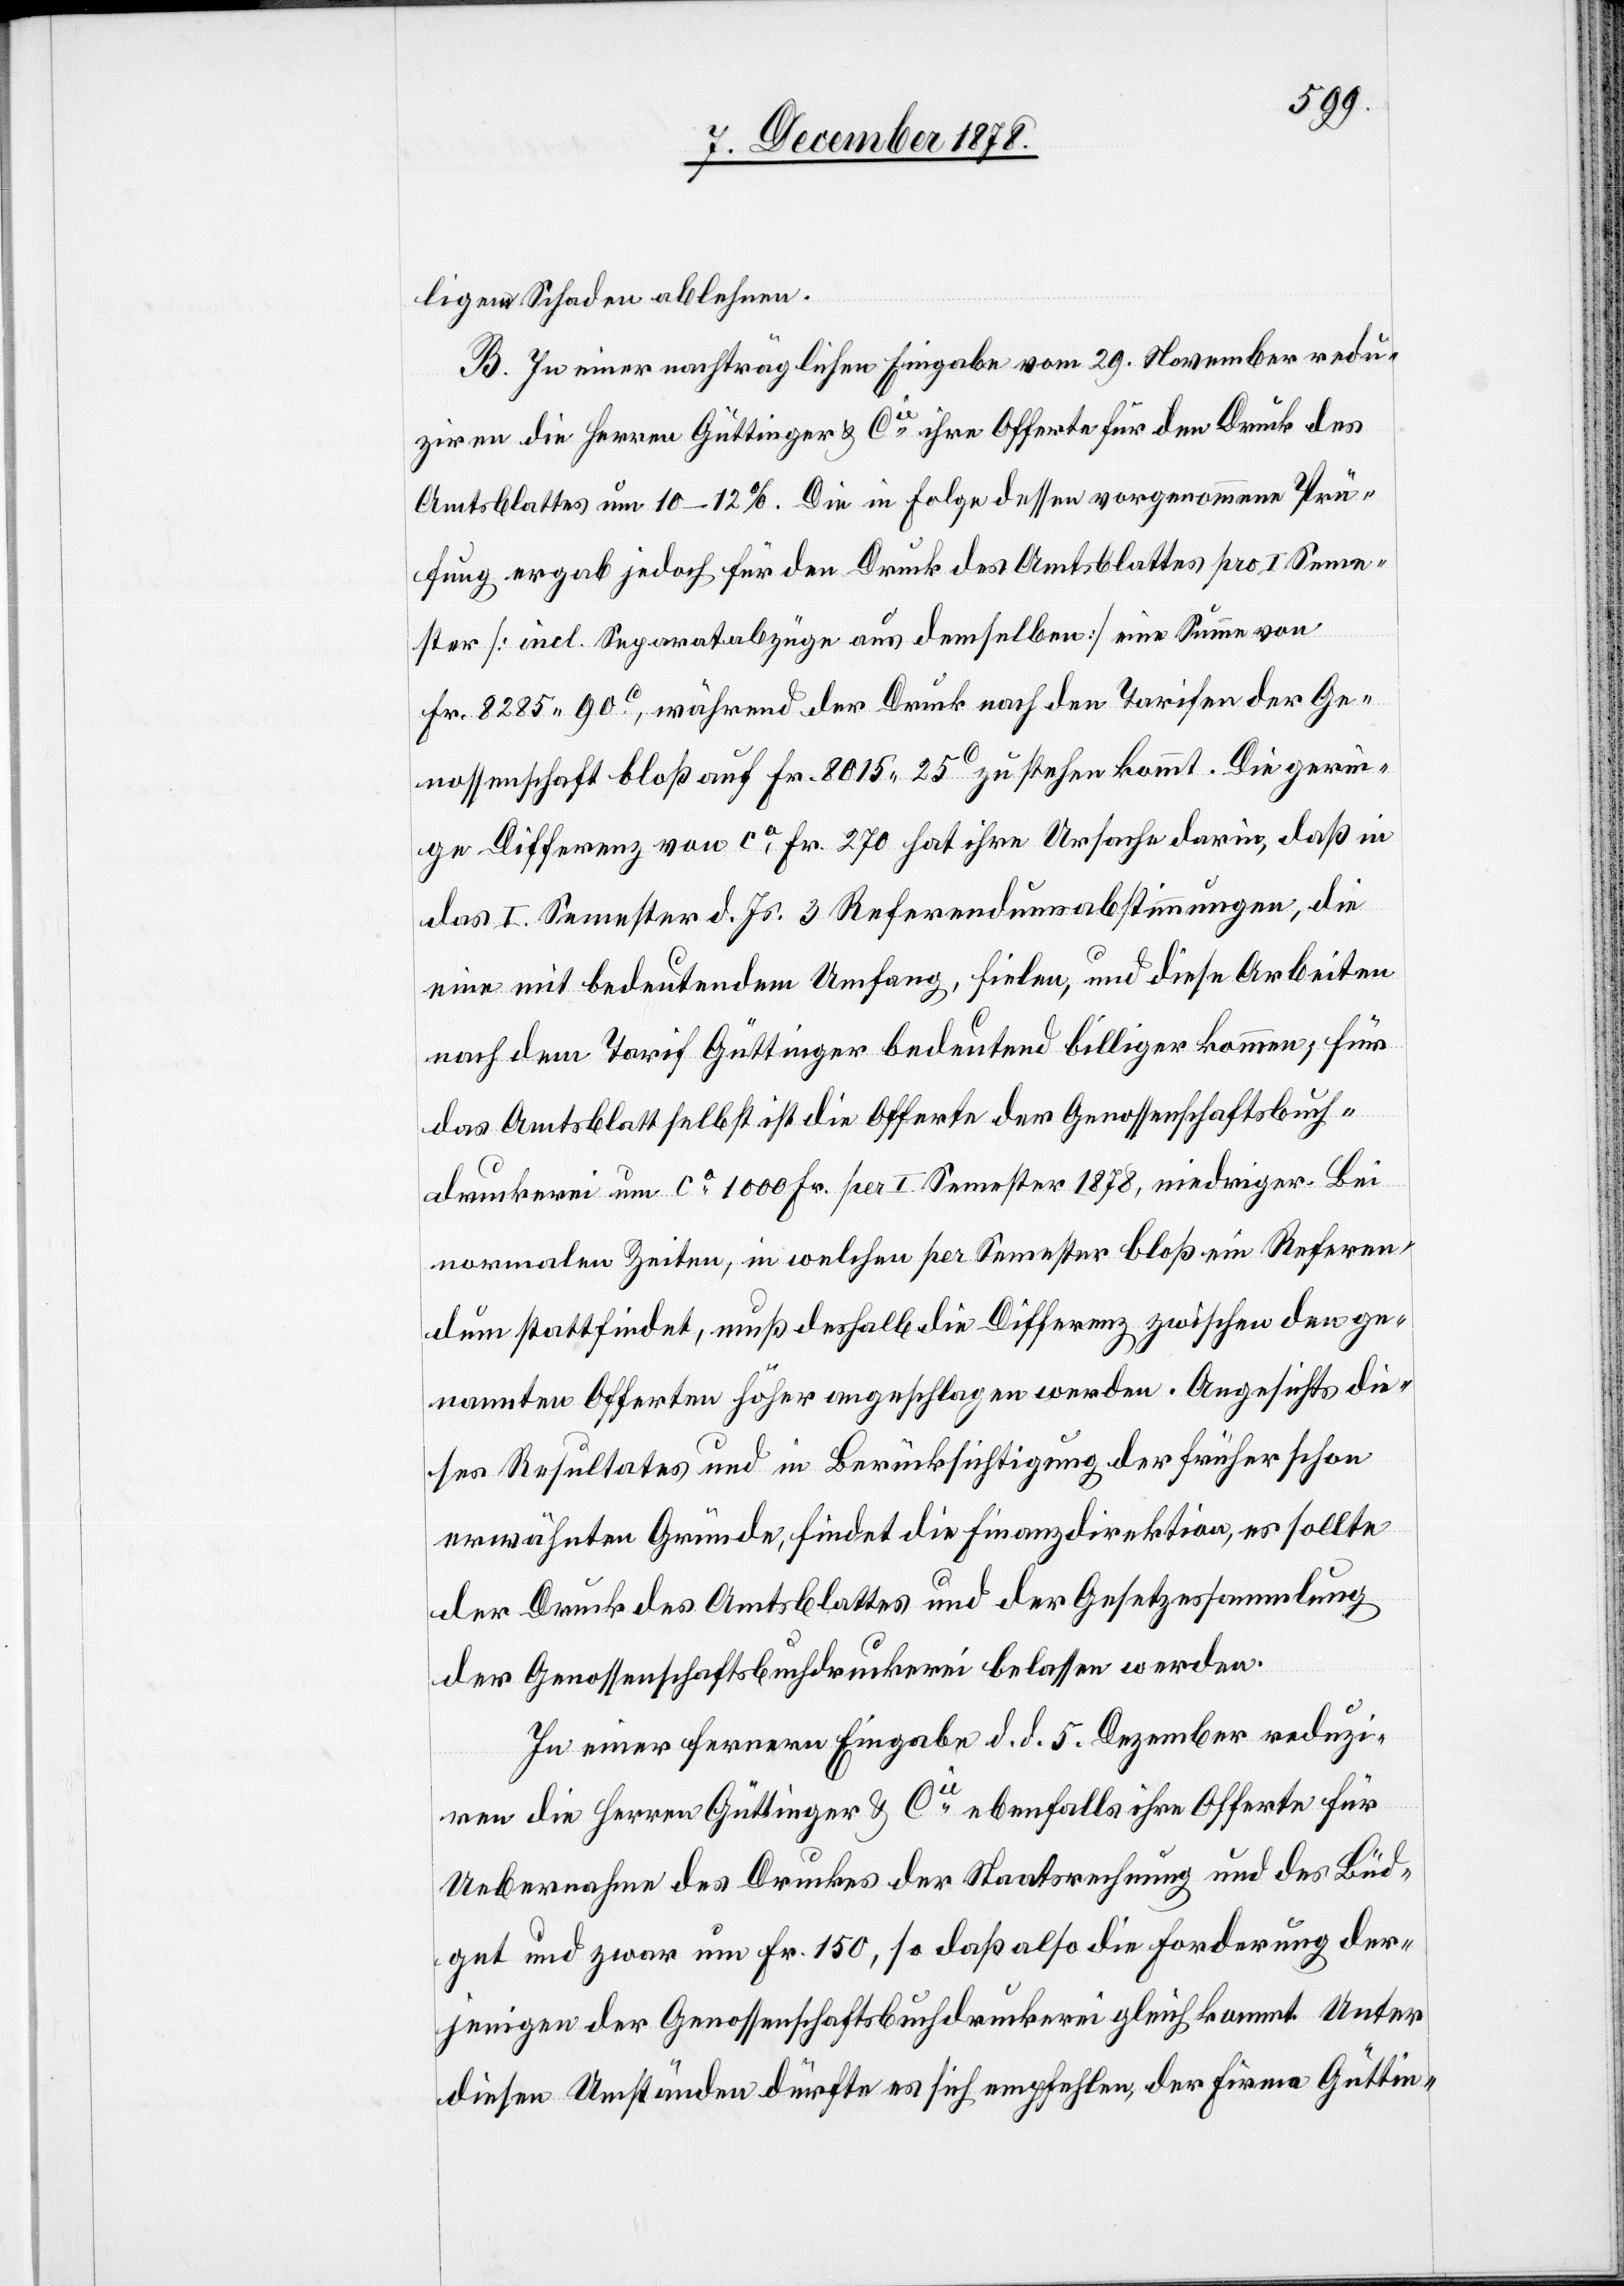
ligem Schaden ablehnen.
B. In einer nachträglichen Eingabe vom 29. November redu¬
ziren die Herren Güttinger & Cie ihre Offerte für den Druck des
Amtsblattes um 10–12%. Die in Folge dessen vorgenommene Prü¬
fung ergab jedoch für den Druck des Amtsblattes pro I. Seme¬
ster [incl. Separatabzüge aus demselben] eine Summe von
Fr. 8285 90C, während der Druck nach den Tarifen der Ge¬
nossenschaft bloß auf Fr. 8015 25C zu stehen kommt. Die gerin¬
ge Differenz von ca Fr. 270 hat ihre Ursache darin, daß in
das I. Semester d. Js. 3 Referendumsabstimmungen, die
eine mit bedeutendem Umfang, fielen, und diese Arbeiten
nach dem Tarif Güttinger bedeutend billiger kommen, für
das Amtsblatt selbst ist die Offerte der Genossenschaftsbuch¬
druckerei um ca 1000 Fr. per I. Semester 1878, niedriger. Bei
normalen Zeiten, in welchen per Semester bloß ein Referen¬
dum stattfindet, muß deshalb die Differenz zwischen den ge¬
nannten Offerten höher angeschlagen werden. Angesichts die¬
ses Resultates und in Berücksichtigung der früher schon
erwähnten Gründe, findet die Finanzdirektion, es sollte
der Druck des Amtsblattes und der Gesetzessammlung
der Genossenschaftsbuchdruckerei belassen werden.
In einer fernern Eingabe d. d. 5. Dezember reduzi¬
ren die Herren Güttinger & Cie ebenfalls ihre Offerte für
Uebernahme des Druckes der Staatsrechnung und des Büd¬
get und zwar um Fr. 150, so daß also die Forderung der¬
jenigen der Genossenschaftsbuchdruckerei gleichkommt. Unter
diesen Umständen dürfte es sich empfehlen, der Firma Güttin-